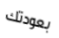
بعودتك